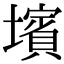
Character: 𡒨